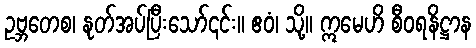
ဥဗ္ဘတေစ၊ နုတ်အပ်ပြီးသော်၎င်း။ ဧဝံ၊ သို့။ ဣမေဟိ စီဝရနိဋ္ဌာန